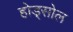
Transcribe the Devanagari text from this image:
होड्सोल